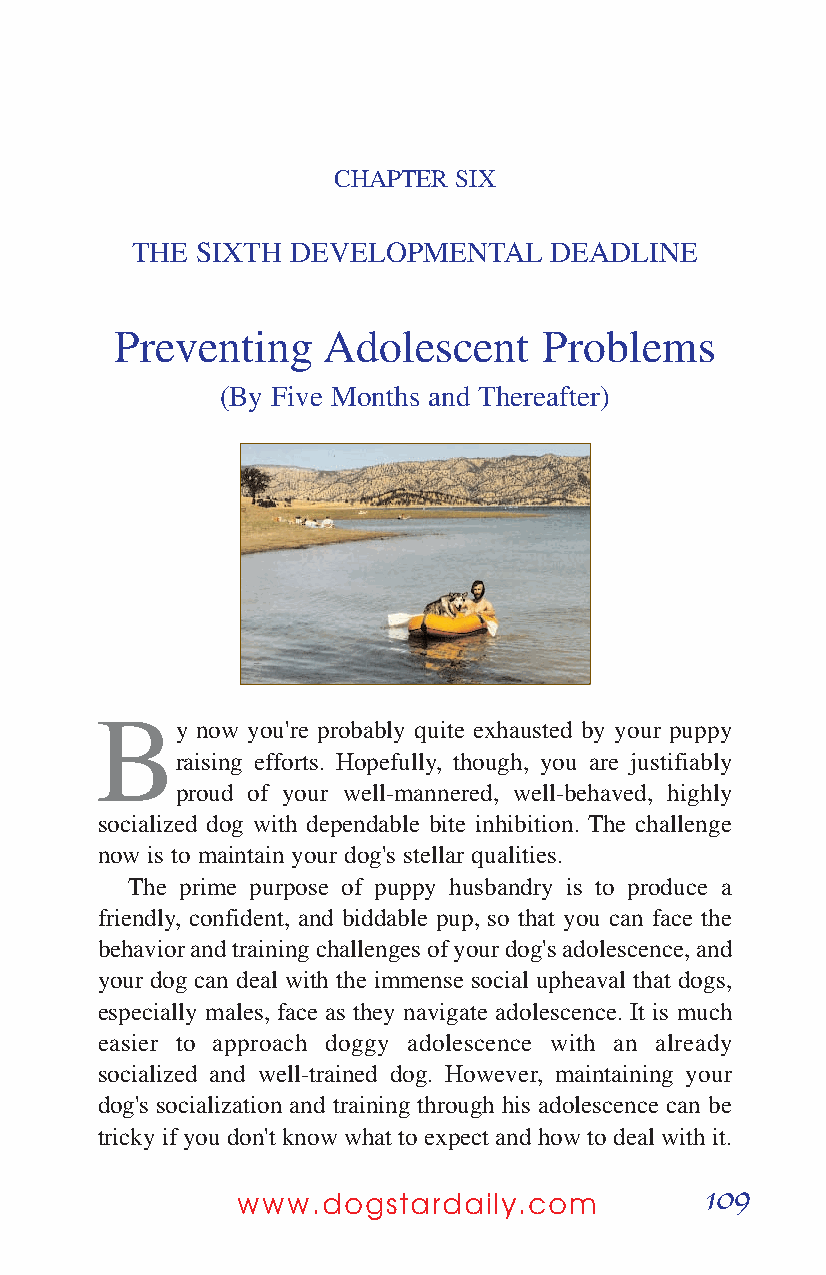
CHAPTER SIX
 THE SIXTH DEVELOPMENTAL    DEADLINE
 Preventing   Adolescent     Problems
 (By Five Months and Thereafter)
 B
 y now you're probably quite exhausted by your puppy
 raising efforts. Hopefully, though, you are justifiably
 proud of your well-mannered, well-behaved, highly
 socialized dog with dependable bite inhibition. The challenge
 now is to maintain your dog's stellar qualities.
 The prime purpose of puppy husbandry is to produce a
 friendly, confident, and biddable pup, so that you can face the
 behavior and training challenges of your dog's adolescence, and
 your dog can deal with the immense social upheaval that dogs,
 especially males, face as they navigate adolescence. It is much
 easier to approach doggy adolescence with an already
 socialized and well-trained dog. However, maintaining your
 dog's socialization and training through his adolescence can be
 tricky if you don't know what to expect and how to deal with it.
 109
 www.dogstardaily.com